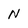
Character: N